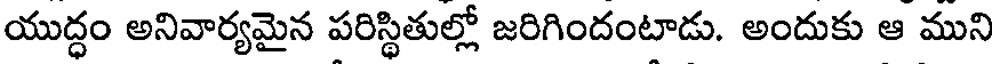
యుద్ధం అనివార్యమైన పరిస్థితుల్లో జరిగిందంటాడు. అందుకు ఆ ముని